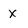
Character: x